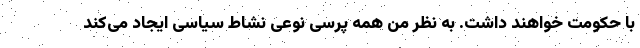
با حکومت خواهند داشت. به نظر من همه پرسی نوعی نشاط سیاسی ایجاد می‌کند